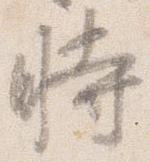
時